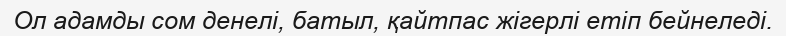
Ол адамды сом денелі, батыл, қайтпас жігерлі етіп бейнеледі.